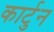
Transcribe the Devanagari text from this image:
कार्टुन